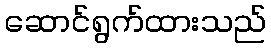
ဆောင်ရွက်ထားသည်